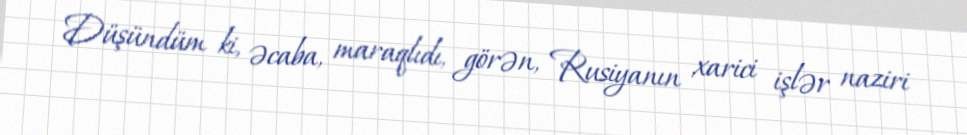
Düşündüm ki, əcaba, maraqlıdı, görən, Rusiyanın xarici işlər naziri